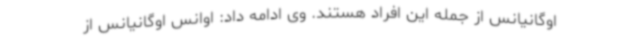
اوگانیانس از جمله این افراد هستند. وی ادامه داد: اوانس اوگانیانس از